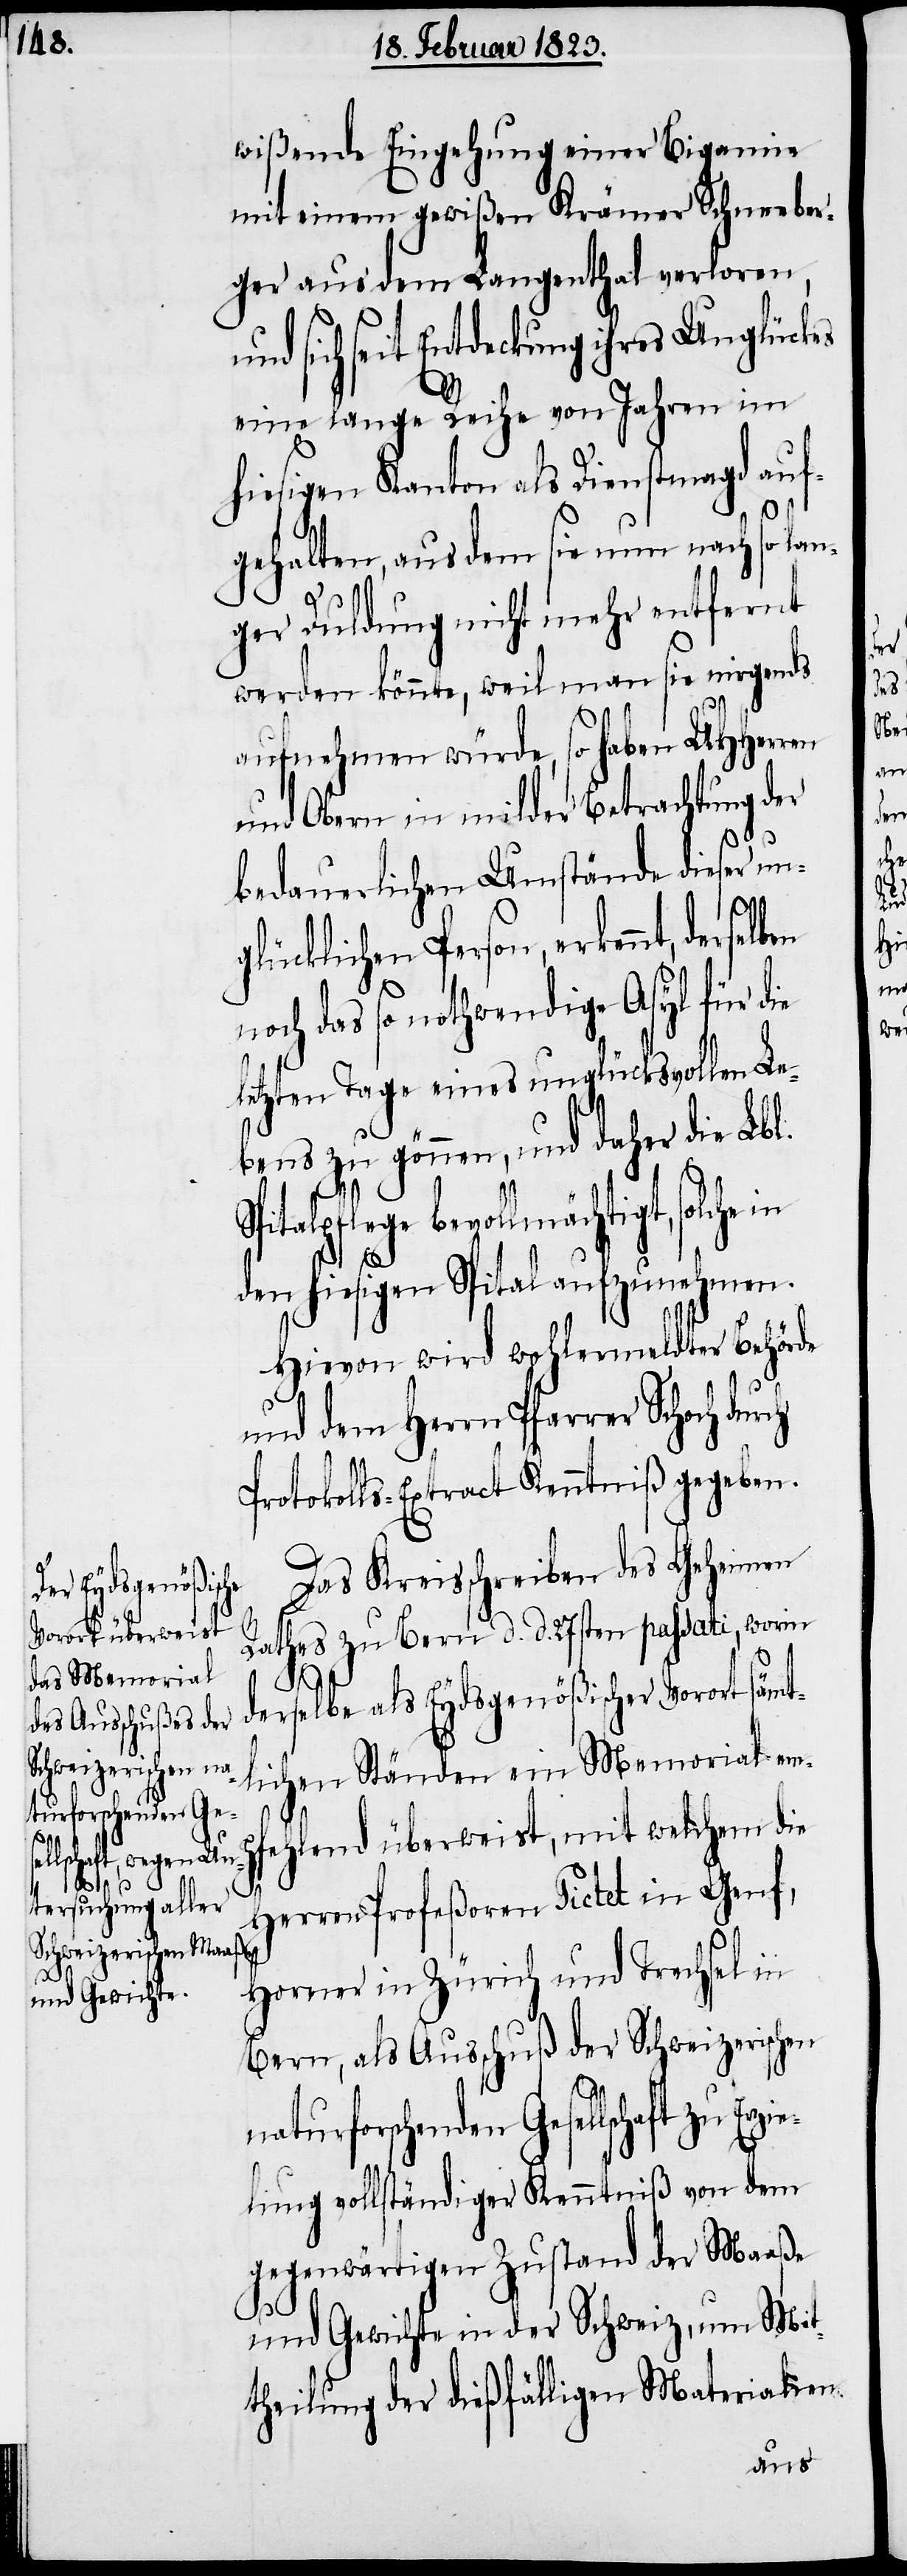
t¬
Erzie¬

wißende Eingehung einer Bigamie
mit einem gewißen Krämer Schneeber¬
ger aus dem Langenthal verloren,
ich seit Entdeckung ihres Unglückes
eine lange Reihe von Jahren im
hiesigen Kanton als Dienstmagd auf¬
gehalten, aus dem sie nun nach so la¬
nger Duldung nicht mehr entfernt
werden könnte, weil man sie nirgends
aufnehmen würde, so haben UHHerr¬
und Obern in milder Betrachtung der
bedauerlichen Umstände dieser un¬
glücklichen Person, erkennt, derse¬
noch das so nothwendige Asyl für die
letzten Tage eines unglücksvollen Le¬
bens zu gönnen, und daher die Lbl.
talpflege bevollmächtigt, solche
den hiesigen Spital aufzunehmen.
Hievon wird wohlermeldter Behörde
und dem Herrn Pfarrer Schoch
Protokolls-Extract Kenntniß gegeben.
Das Kreisschreiben des Geheimen
Rathes zu Bern d. d. 27sten passati, worin
derselbe als Eydsgenößischer Vorort säm¬
lichen Ständen ein Memorial em¬
pfehlend überweist, mit welchem die
Herren Profeßoren Pictet in Genf,
en
Horner in Zürich und Trechsel in
Bern, als Ausschuß der Schweizerischen
naturforschenden Gesellschaft zu
lung vollständiger Kenntniß von dem
gegenwärtigen Zustand der Maaße
und Gewichte in der Schweiz, um Mit¬
theilung der dießfälligen Materialien